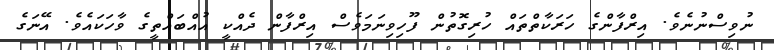
ނުވިސްނުނެވެ. އިރްފާންގެ ހަރަކާތްތައް ހުރިގޮތުން ފޫހިވިނަމަވެސް އިރްފާން ދެއްކީ އުއްބައްތީގެ ވާހަކައެވެ. އޭނަގެ